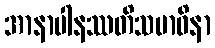
အာနာပါနဿတိသမာဓိနာ